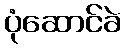
ပုံဆောင်ခဲ